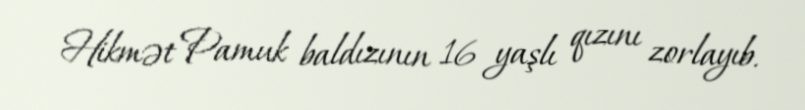
Hikmət Pamuk baldızının 16 yaşlı qızını zorlayıb.